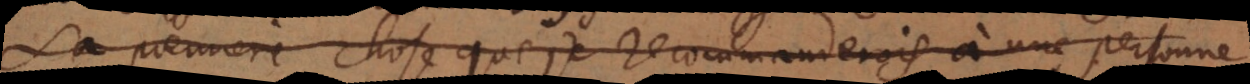
La premiere chose que je recommanderois à une personne